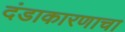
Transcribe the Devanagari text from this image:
दंडाकारणाचा